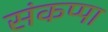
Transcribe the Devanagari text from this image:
संकप्पा